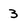
Character: 3